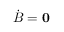
{ \dot { B } } = { \bf 0 }